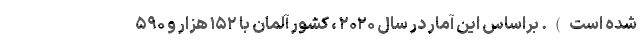
شده است). براساس این آمار در سال ۲۰۲۰ ، کشور آلمان با ۱۵۲ هزار و ۵۹۰